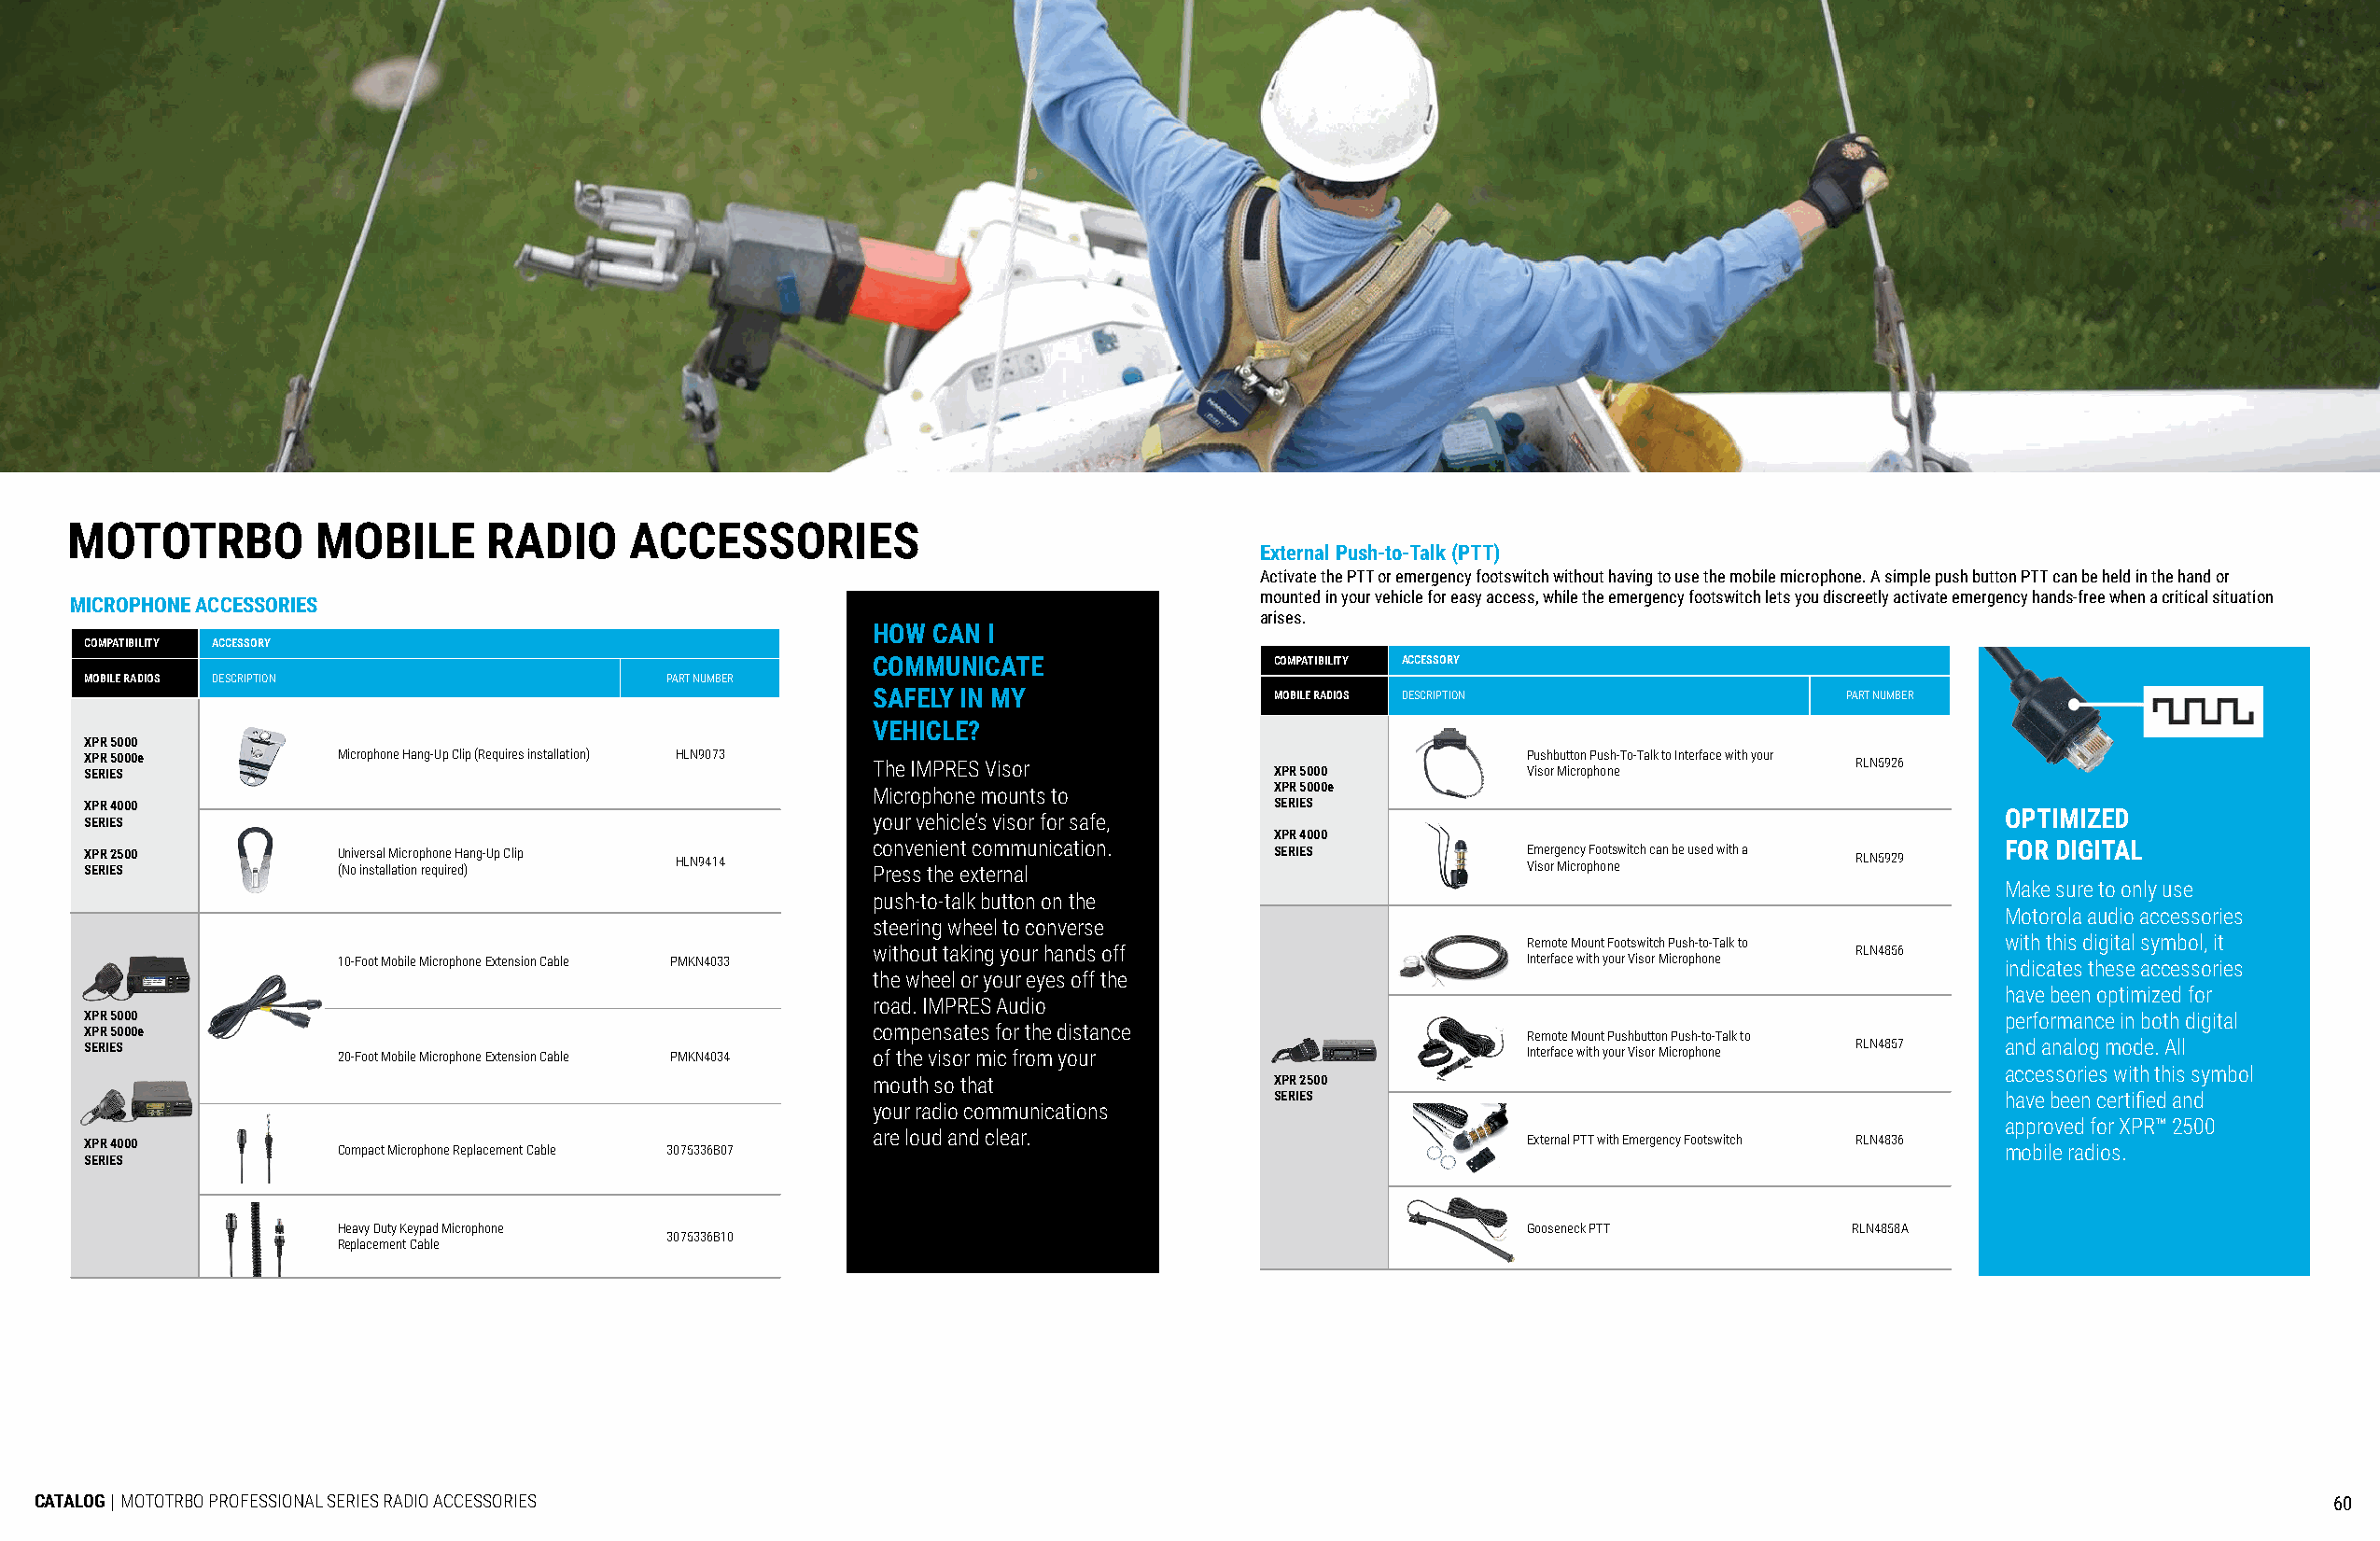
MOTOTRBO         MOBILE       RADIO     ACCESSORIES
 External Push-to-Talk (PTT)
 Activate the PTT or emergency footswitch without having to use the mobile microphone. A simple push button PTT can be held in the hand or
 mounted in your vehicle for easy access, while the emergency footswitch lets you discreetly activate emergency hands-free when a critical situation
 MICROPHONE ACCESSORIES
 arises.
 HOW CAN I
 COMPATIBILITY ACCESSORY
 COMMUNICATE                 COMPATIBILITY ACCESSORY
 MOBILE RADIOS DESCRIPTION                PART NUMBER
 SAFELY IN MY                MOBILE RADIOS DESCRIPTION                PART NUMBER
 VEHICLE?
 XPR 5000
 X SEP RR I E5 S000e Microphone Hang-Up Clip (Requires installation) HLN9073 The IMPRES Visor XPR 5000 P Vu iss oh rb Mut icto ron p P hu os nh e-To-Talk to Interface with your RLN5926
 Microphone mounts to        XPR 5000e
 XPR 4000                                                                            SERIES
 SERIES                                                  your vehicle’s visor for safe,                                                  OPTIMIZED
 XPR 4000
 X SEP RR I E2 S500 U (Nn oiv ie nr ss ta al l lM ati ic or no p reh qo un ie re H da )ng-Up Clip HLN9414 c Po ren sv se n thie en et xc to em rnm alu nication. SERIES E Vm isoe rr g Men icc ry o pF ho oo nts ewitch can be used with a RLN5929 FOR DIGITAL
 Make sure to only use
 push-to-talk button on the
 Motorola audio accessories
 steering wheel to converse
 Remote Mount Footswitch Push-to-Talk to with this digital symbol, it
 without taking your hands off                                         RLN4856
 10-Foot Mobile Microphone Extension Cable PMKN4033                                  Interface with your Visor Microphone indicates these accessories
 the wheel or your eyes off the
 have been optimized for
 road. IMPRES Audio
 XPR 5000                                                                                                                                performance in both digital
 XPR 5000e                                               compensates for the distance                  Remote Mount Pushbutton Push-to-Talk to
 SERIES            20-Foot Mobile Microphone Extension Cable PMKN4034 of the visor mic from your       Interface with your Visor Microphone RLN4857 and analog mode. All
 accessories with this symbol
 mouth so that               XPR 2500
 SERIES                                              have been certified and
 your radio communications
 approved for XPR™ 2500
 XPR 4000          Compact Microphone Replacement Cable 3075336B07 are loud and clear.                 External PTT with Emergency Footswitch RLN4836 mobile radios.
 SERIES
 Heavy Duty Keypad Microphone                                                        Gooseneck PTT          RLN4858A
 3075336B10
 Replacement Cable
 CATALOG | MOTOTRBO PROFESSIONAL SERIES RADIO ACCESSORIES                                                                                                            60